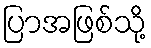
ပြာအဖြစ်သို့